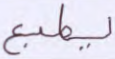
يطبع